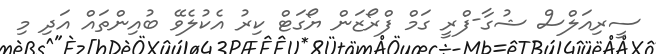
ސީރިއަލްސް ޝުގާ-ފްރީ ގަމް ފްރޯޒަން ޔޯގަޓް ކިރު އެކުލެވޭ ބުއިންތައް އަދި މި